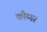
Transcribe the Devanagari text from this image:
कोग्गा